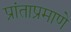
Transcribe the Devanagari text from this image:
प्रांताप्रमाणे